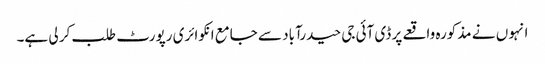
انہو ں نے مذکورہ واقعے پر ڈی آئی جی حیدرآباد سے جامع انکوائری رپورٹ طلب کر لی ہے۔